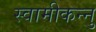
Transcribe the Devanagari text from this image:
स्वामीकन्नु